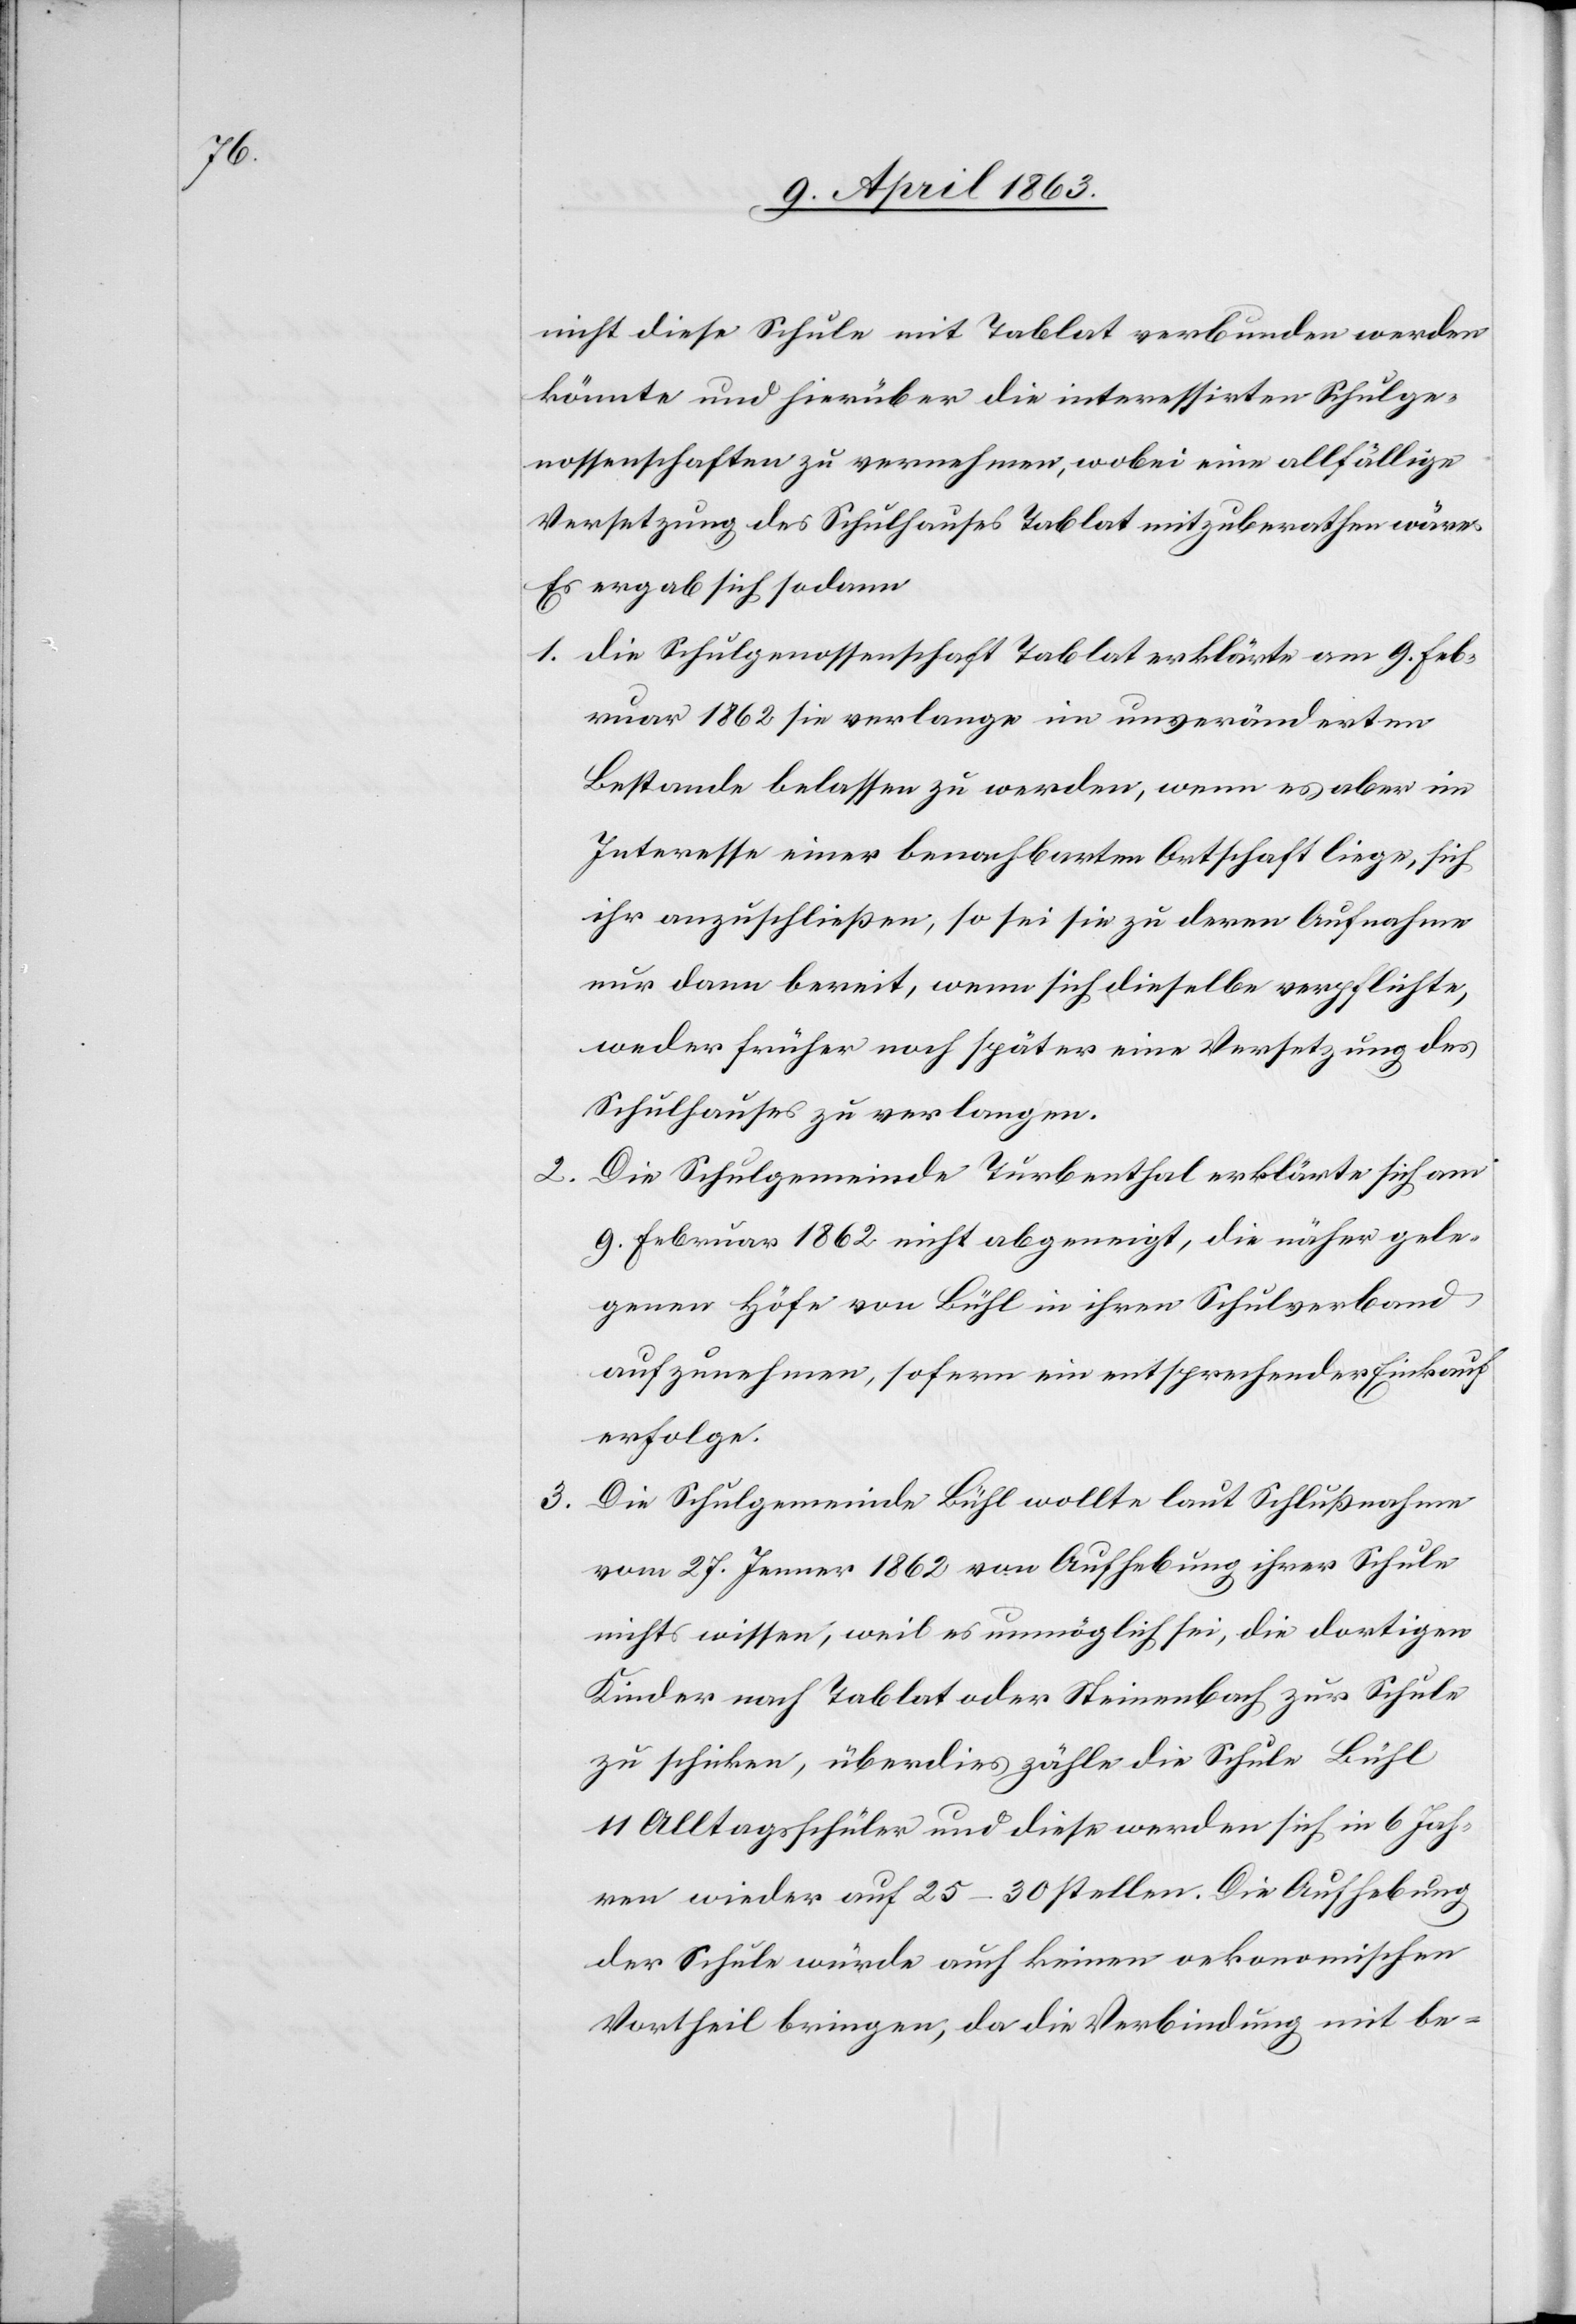
3.

2.

nicht diese Schule mit Tablat verbunden werden
könnte und hierüber die interessirten Schulge¬
nossenschaften zu vernehmen, wobei eine allfällige
Versetzung des Schulhauses Tablat mitzuberathen wäre.
Es ergab sich sodann
1. die Schulgenossenschaft Tablat erklärte am 9. Feb¬
ruar 1862 sie verlange im unveränderten
Bestande belassen zu werden, wenn es aber im
Interesse einer benachbarten Ortschaft liege, sich
ihr anzuschließen, so sei sie zu deren Aufnahme
nur dann bereit, wenn sich dieselbe verpflichte,
weder früher noch später eine Versetzung des
Schulhauses zu verlangen.
Die Schulgemeinde Turbenthal erklärte sich am
9. Februar 1862 nicht abgeneigt, die näher gele¬
genen Höfe von Bühl in ihren Schulverband
aufzunehmen, sofern ein entsprechender Einkauf
erfolge.
Die Schulgemeinde Bühl wollte laut Schlußnahme
vom 27. Jenner 1862 von Aufhebung ihrer Schule
nichts wissen, weil es unmöglich sei, die dortigen
Kinder nach Tablat oder Steinenbach zur Schule
zu schicken, überdies zähle die Schule Bühl
11 Alltagsschüler und diese werden sich in 6 Jah¬
ren wieder auf 25–30 stellen. Die Aufhebung
der Schule würde auch keinen oekonomischen
Vortheil bringen, da die Verbindung mit be-